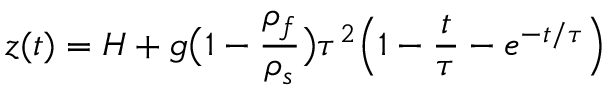
z ( t ) = H + g \big ( 1 - { \frac { \rho _ { f } } { \rho _ { s } } } \big ) \tau ^ { 2 } \Big ( 1 - { \frac { t } { \tau } } - e ^ { - t / \tau } \Big )